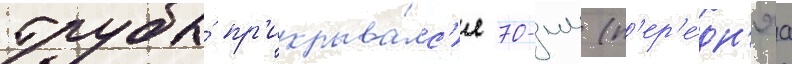
трубы́ пр'икрыва́лс'я 70-мм (п'ер'е́дн'яа